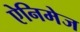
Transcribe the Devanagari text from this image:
ऐनिमेज